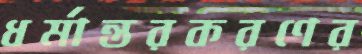
ধর্মান্তরকরণের